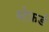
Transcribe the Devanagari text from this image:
स्टेफर्ड